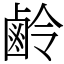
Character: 鹷